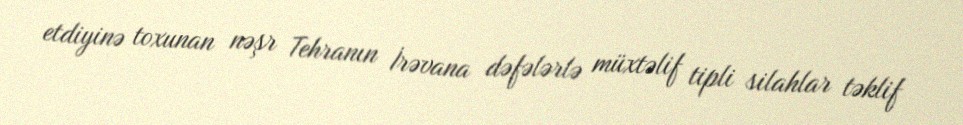
etdiyinə toxunan nəşr Tehranın İrəvana dəfələrlə müxtəlif tipli silahlar təklif